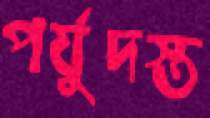
পর্যুদস্ত